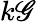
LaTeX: k\mathscr{G}